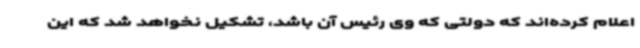
اعلام کرده‌اند که دولتی که وی رئیس آن باشد، تشکیل نخواهد شد که این